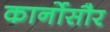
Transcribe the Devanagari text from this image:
कार्नोसौर